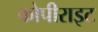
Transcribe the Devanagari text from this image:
कोपीराइट